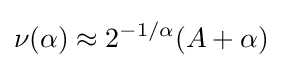
\nu (\alpha )\approx 2^{-1/\alpha }(A+\alpha )